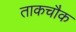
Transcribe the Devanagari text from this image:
ताकचौक